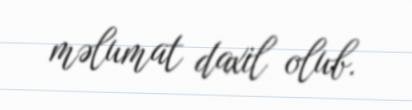
məlumat daxil olub.